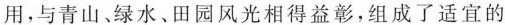
用，与青山、绿水、田园风光相得益彰，组成了适宜的